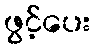
ဖွင့်ပေး